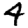
Digit: 4